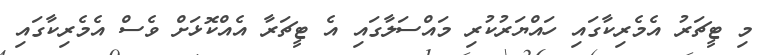
މި ޓީޗަރު އެމެރިކާގައި ހައްޔަރުކުރި މައްސަލާގައި އެ ޓީޗަރާ އެއްކޮޅަށް ވެސް އެމެރިކާގައި